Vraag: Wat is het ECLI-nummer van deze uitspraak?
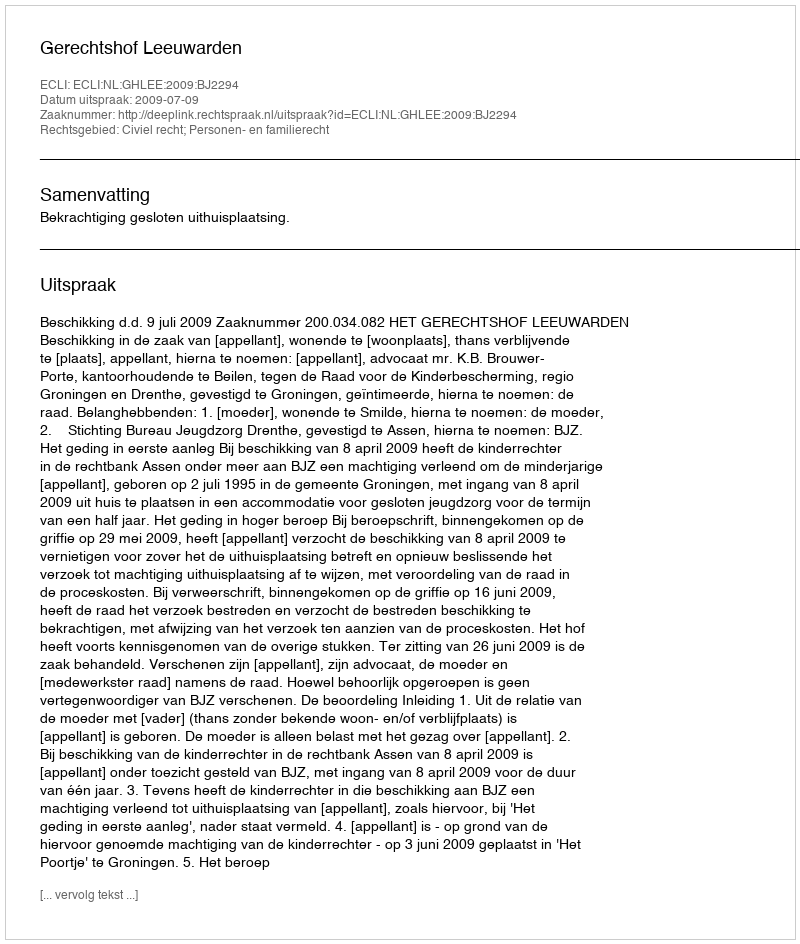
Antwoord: ECLI:NL:GHLEE:2009:BJ2294